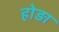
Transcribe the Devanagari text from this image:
होड़ा